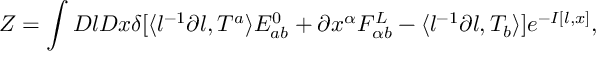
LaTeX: { \cal Z } = \int { \cal D } l { \cal D } x \delta [ \langle l ^ { - 1 } \partial l , T ^ { a } \rangle E _ { a b } ^ { 0 } + \partial x ^ { \alpha } F _ { \alpha b } ^ { L } - \langle l ^ { - 1 } \partial l , T _ { b } \rangle ] e ^ { - I [ l , x ] } ,